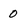
Character: 0